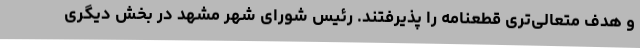
و هدف متعالی‌تری قطعنامه را پذیرفتند. رئیس شورای شهر مشهد در بخش دیگری